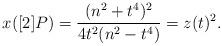
LaTeX: \begin{align*}x([2]P)=\frac{(n^{2}+t^{4})^{2}}{4t^{2}(n^{2}-t^{4})}=z(t)^{2}.\end{align*}